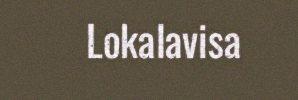
Lokalavisa